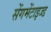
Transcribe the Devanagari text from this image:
सेंगमेंटाइज्ड